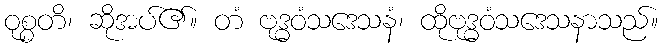
ဝုစ္စတိ၊ ဆိုအပ်၏။ တံ ဗုဒ္ဓဝံသဒေသနံ၊ ထိုဗုဒ္ဓဝံသဒေသနာသည်။